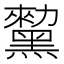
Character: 𪒅